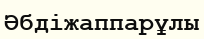
Әбдіжаппарұлы